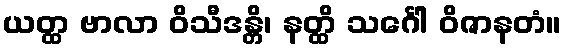
ယတ္ထ ဗာလာ ဝိသီဒန္တိ၊ နတ္ထိ သင်္ဂေါ ဝိဇာနတံ။